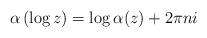
\begin{align*} \alpha\left( \log z\right) = \log \alpha(z) + 2\pi n i\end{align*}